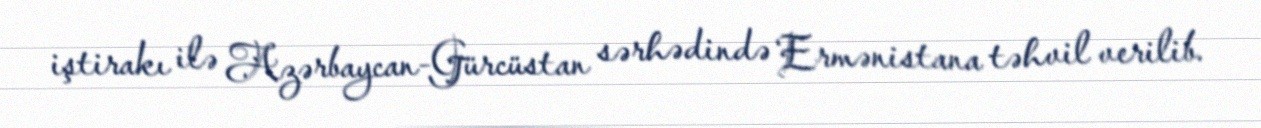
iştirakı ilə Azərbaycan-Gürcüstan sərhədində Ermənistana təhvil verilib.